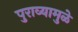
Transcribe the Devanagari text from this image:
पुराव्यामुळे